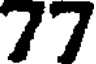
77